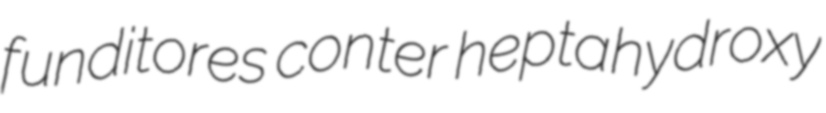
funditores conter heptahydroxy